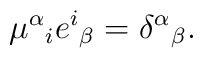
\mu^\alpha{}_i e^i{}_\beta = \delta^\alpha{}_\beta.